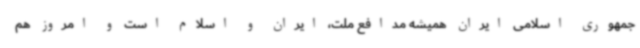
جمهوری اسلامی ایران همیشه مدافع ملت، ایران و اسلام است و امروز هم